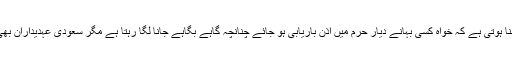
پاکستان کے رہنے والوں کی تو دلی تمنا ہوتی ہے کہ خواہ کسی بہانے دیار حرم میں اذن باریابی ہو جائے چنانچہ گاہے بگاہے جانا لگا رہتا ہے مگر سعودی عہدیداران بھی گاہے گاہے تشریف لاتے رہتے ہیں۔